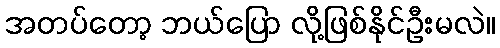
အတပ်တော့ ဘယ်ပြော လို့ဖြစ်နိုင်ဦးမလဲ။